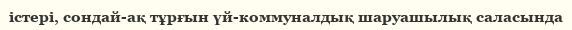
істері, сондай-ақ тұрғын үй-коммуналдық шаруашылық саласында